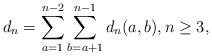
LaTeX: \begin{align*}d_n=\sum_{a=1}^{n-2}\sum_{b=a+1}^{n-1}d_n(a,b), n \geq 3,\end{align*}